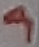
Text: 9